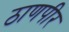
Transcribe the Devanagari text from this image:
ठाणपीर